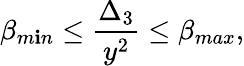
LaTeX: \beta_{m\mathbf{i}n}\leq{\frac{{\Delta_{3}}}{{y^{2}}}}\leq\beta_{max},